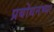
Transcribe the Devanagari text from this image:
प्रबोधनच्या